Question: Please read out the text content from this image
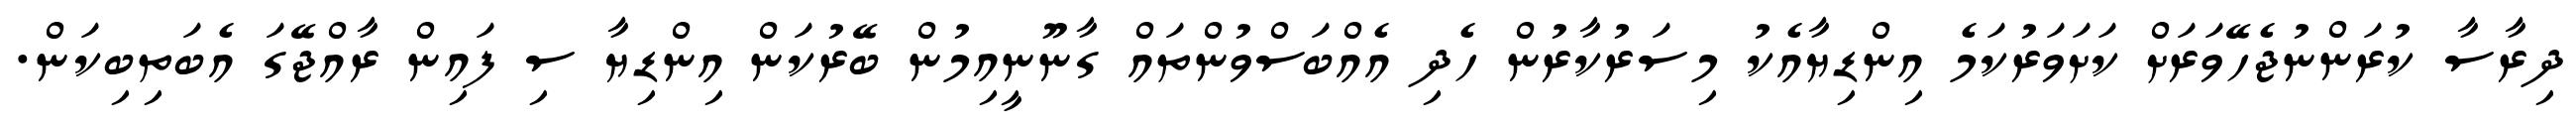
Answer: ދިރާސާ ކުރަންނުޖެހޭވަރަށް ކަށަވަރުކަމެ އިންޑިޔާއެކު މިސަރުކާރުން ހެދި އެއްބަސްވުންތައް ގާނޫނީއިމުން ބޭރުކަން އިންޑިޔާ ސި ފައިން ރާއްޖޭގަ އެބަތިބިކަން.